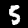
Digit: 5